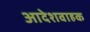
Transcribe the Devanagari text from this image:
आदेशवाहक